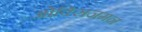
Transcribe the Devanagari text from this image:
ओक्सिजमन